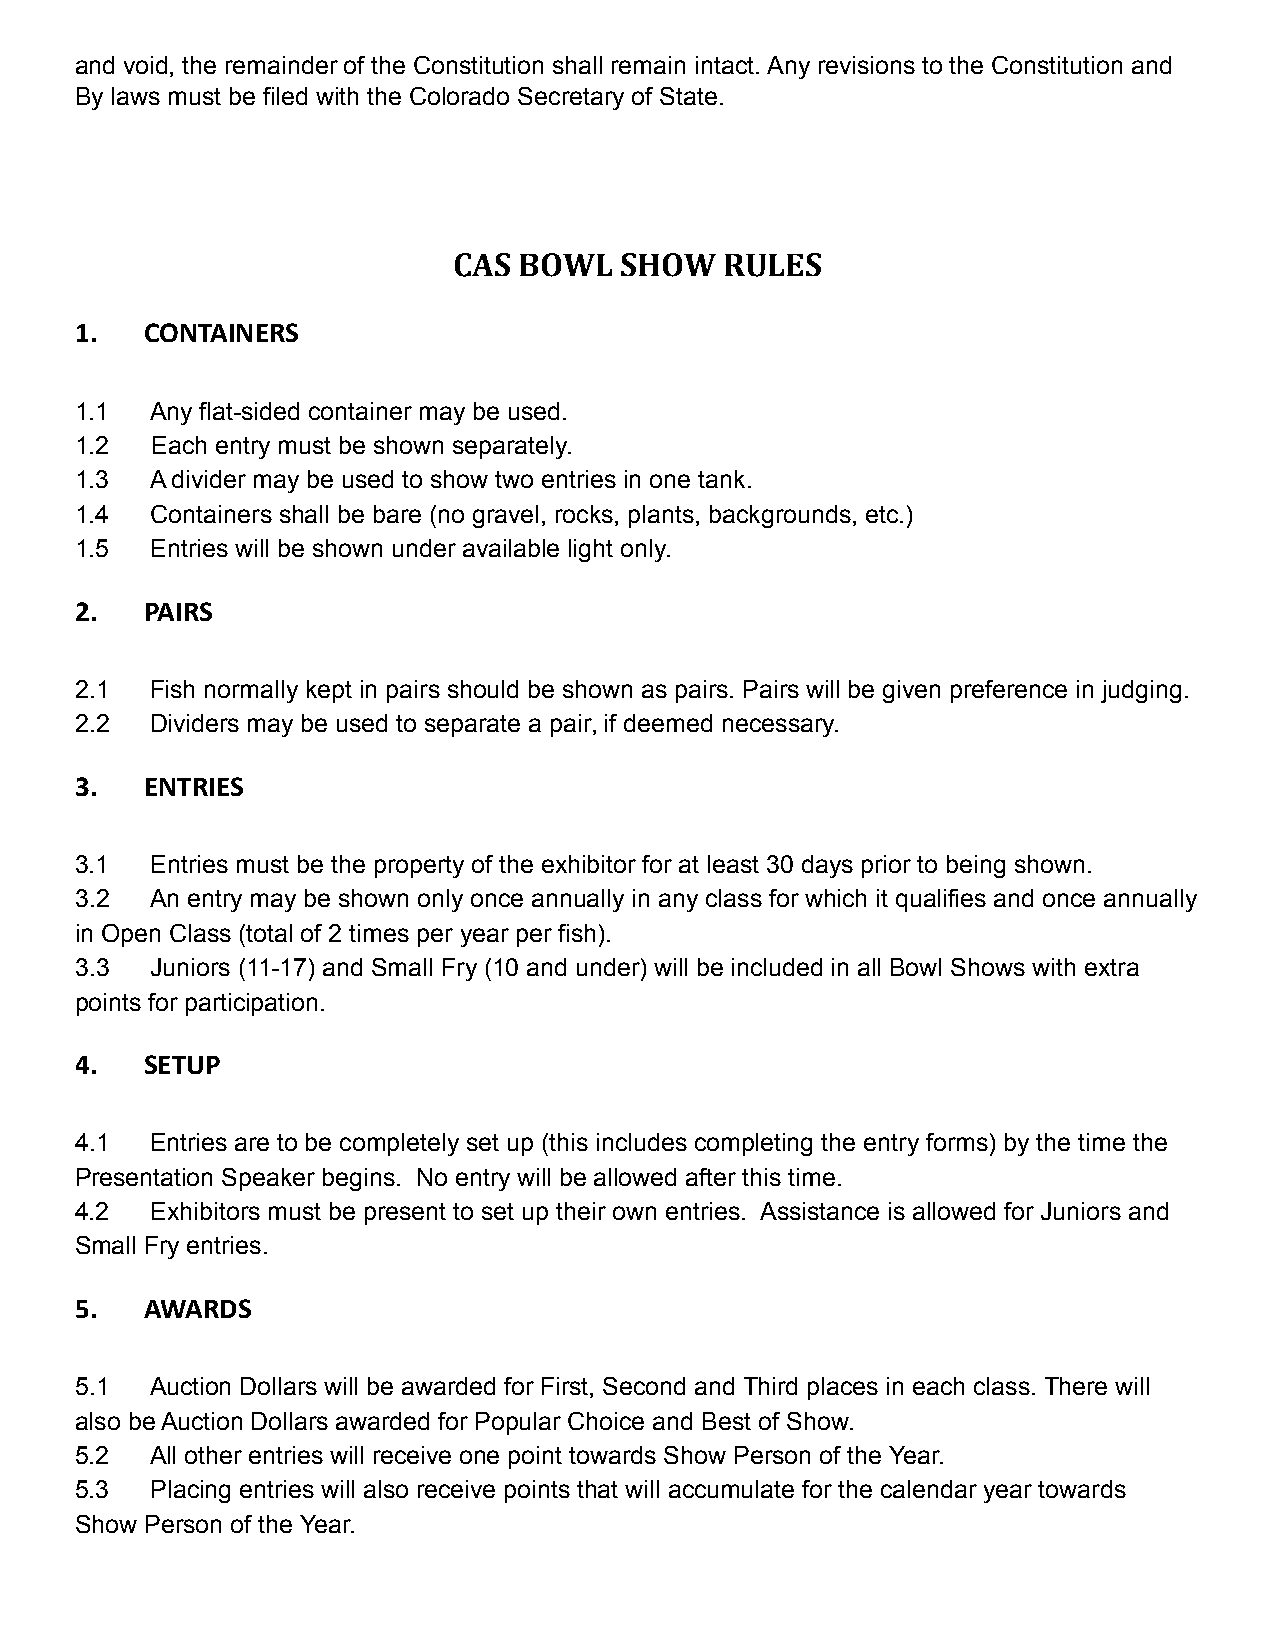
and void, the remainder of the Constitution shall remain intact. Any revisions to the Constitution and
 By laws must be filed with the Colorado Secretary of State.
 CAS BOWL   SHOW   RULES
 1.   CONTAINERS
 1.1  Any flat-sided container may be used.
 1.2  Each entry must be shown separately.
 1.3  A divider may be used to show two entries in one tank.
 1.4  Containers shall be bare (no gravel, rocks, plants, backgrounds, etc.)
 1.5  Entries will be shown under available light only.
 2.   PAIRS
 2.1  Fish normally kept in pairs should be shown as pairs. Pairs will be given preference in judging.
 2.2  Dividers may be used to separate a pair, if deemed necessary.
 3.   ENTRIES
 3.1  Entries must be the property of the exhibitor for at least 30 days prior to being shown.
 3.2  An entry may be shown only once annually in any class for which it qualifies and once annually
 in Open Class (total of 2 times per year per fish).
 3.3  Juniors (11-17) and Small Fry (10 and under) will be included in all Bowl Shows with extra
 points for participation.
 4.   SETUP
 4.1  Entries are to be completely set up (this includes completing the entry forms) by the time the
 Presentation Speaker begins. No entry will be allowed after this time.
 4.2  Exhibitors must be present to set up their own entries. Assistance is allowed for Juniors and
 Small Fry entries.
 5.   AWARDS
 5.1  Auction Dollars will be awarded for First, Second and Third places in each class. There will
 also be Auction Dollars awarded for Popular Choice and Best of Show.
 5.2  All other entries will receive one point towards Show Person of the Year.
 5.3  Placing entries will also receive points that will accumulate for the calendar year towards
 Show Person of the Year.